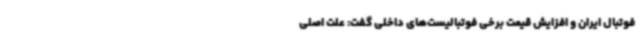
فوتبال ایران و افزایش قیمت برخی فوتبالیست‌های داخلی گفت: علت اصلی